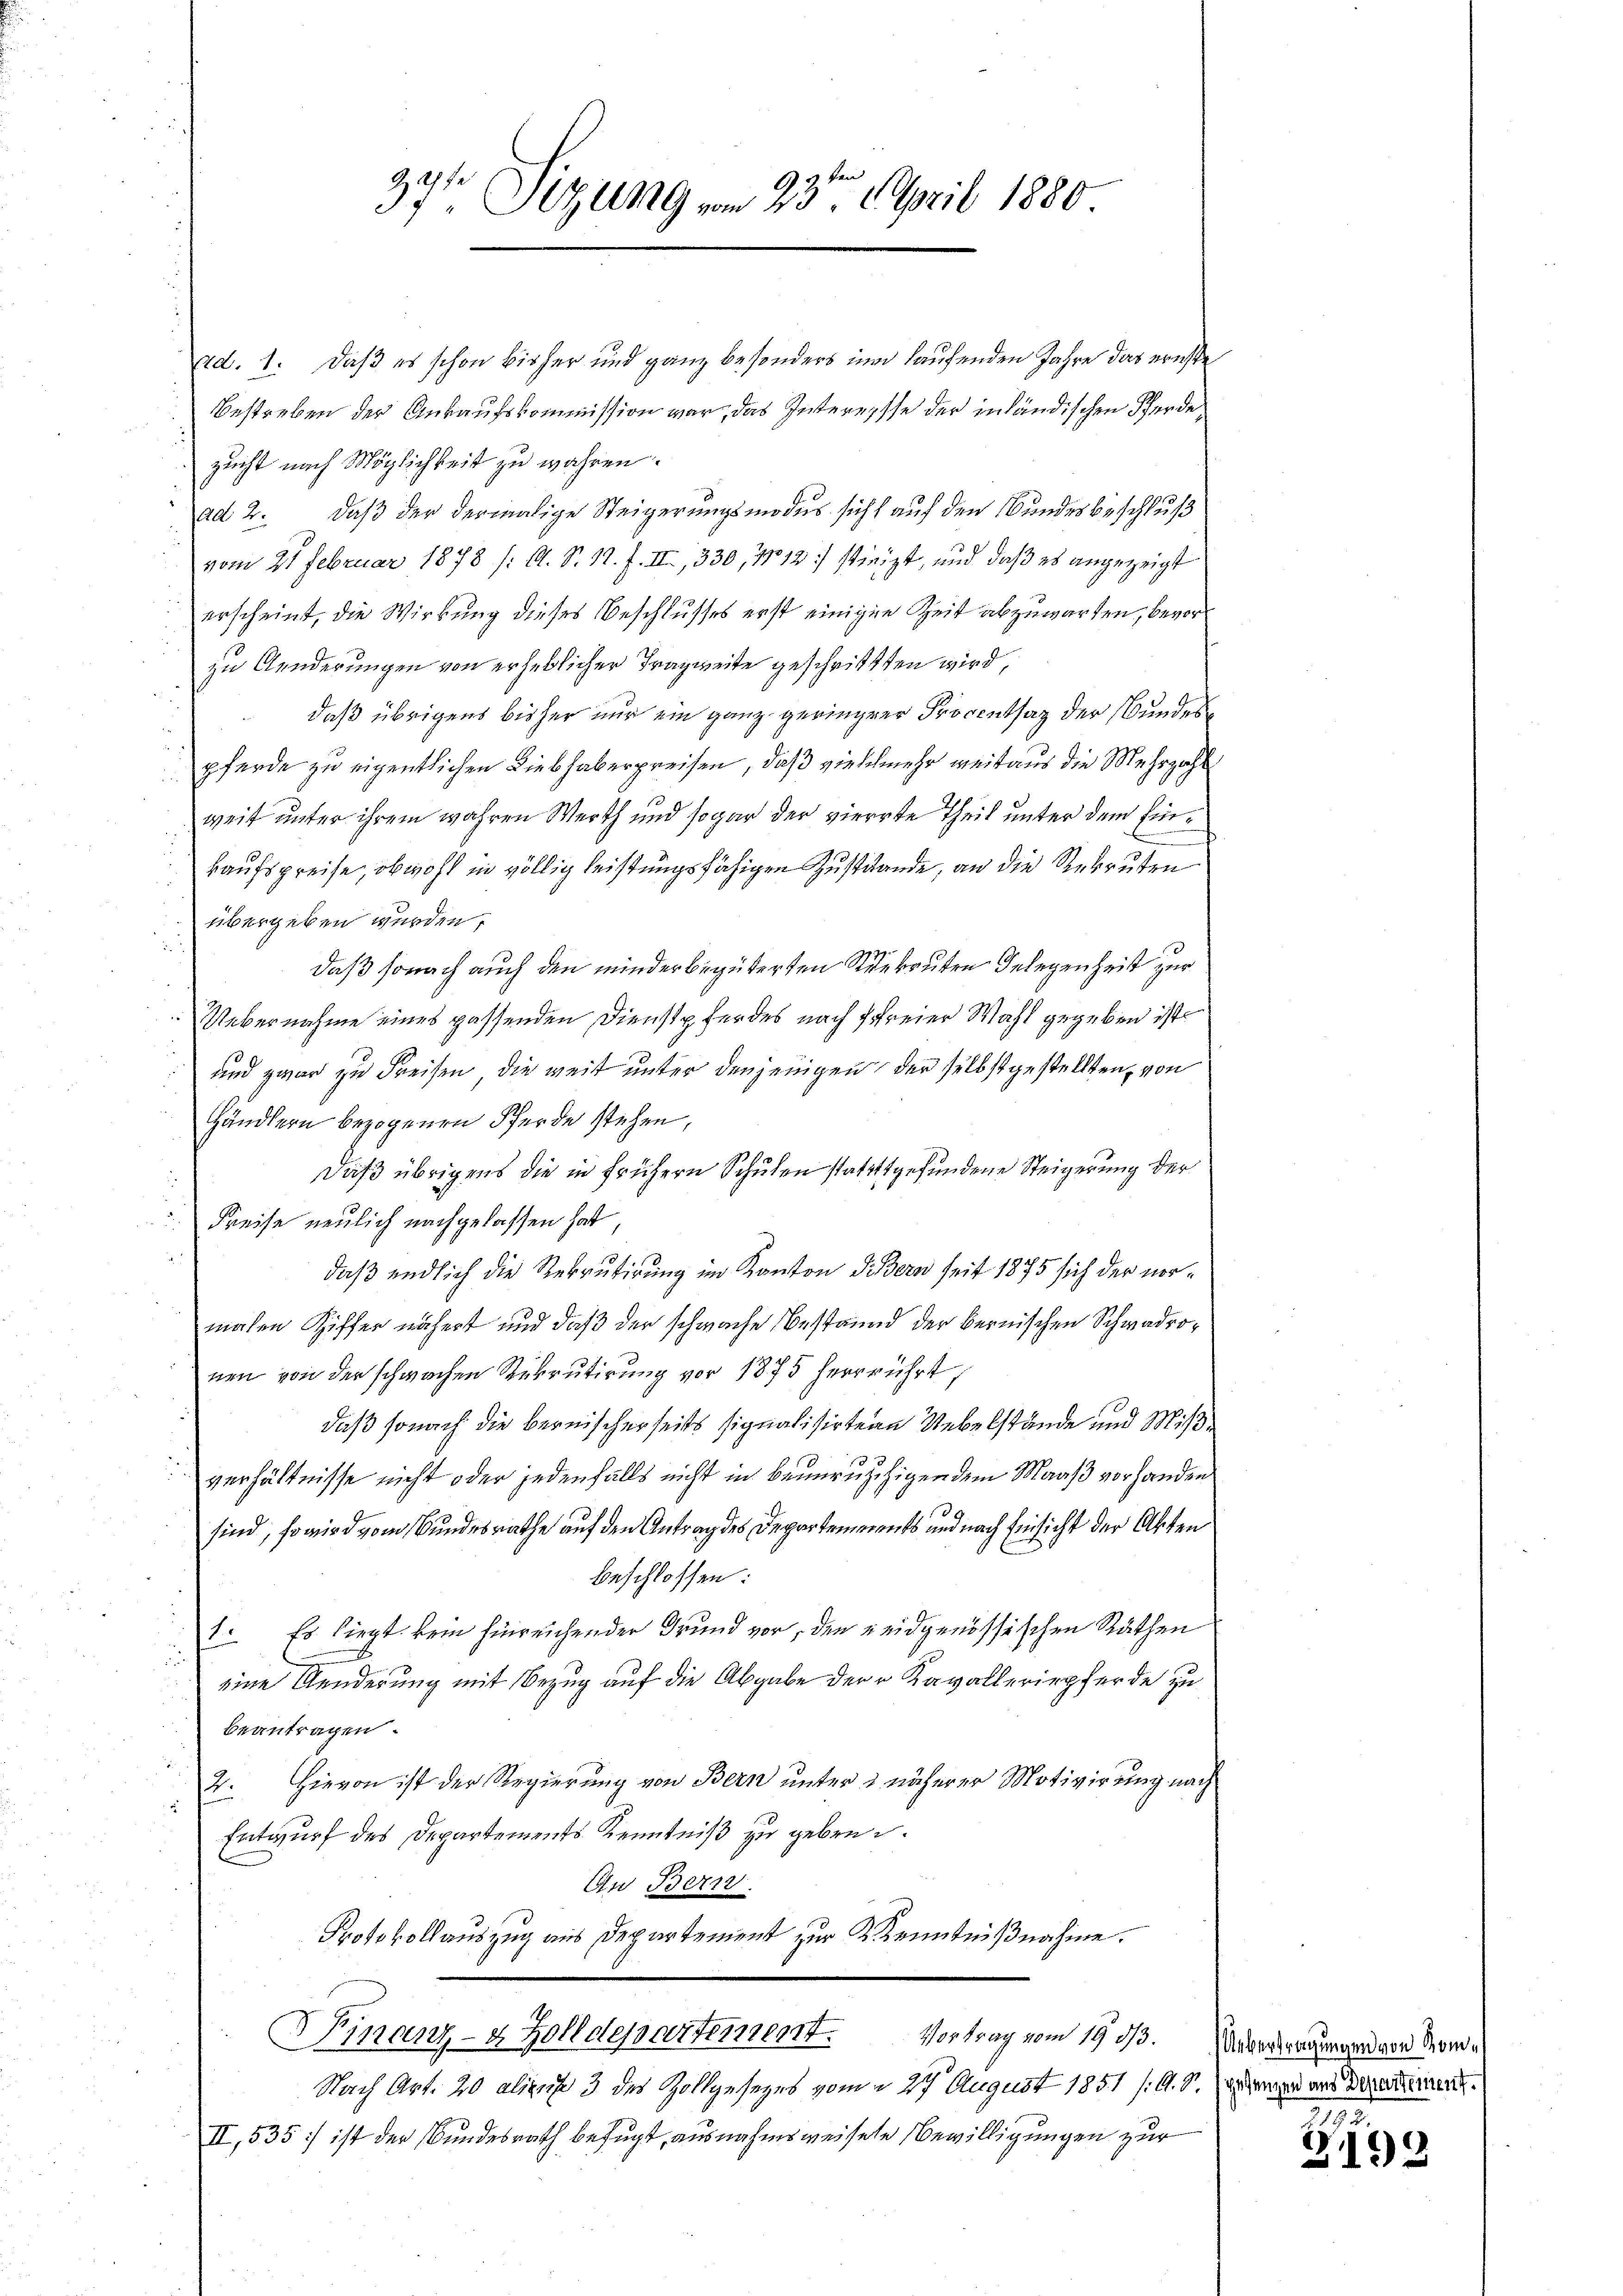
ken
37t Sitzung vom 23. April 1880

ad. 1. Daß es schon bisher und ganz besonders im laufenden Jahre das ernste
Bestreben der Ankaufskommission war, das Interesse der inländischen Pferdezucht nach Möglichkeit zu wahren.
ad 2. daß der dermalige Steigerungsmodus sicht auf den Bundesbeschluß
vom 21 Februar 1878 /: A. S. 12. F. II., 330, No 12: stieizt, und daß es angezeigt
erscheint, die Wirkung dieses Beschlusses erst einigen Zeit abzuwarten, bevorzu Aenderungen von erheblicher Tragweite geschritten wird,
daß übrigens bisher nur ein ganz geringerer Procentsaz der Bundes
pferde zu eigentlichen Liebhaberpreisen, daß vielelmehr weitaus die Mehrzahl
weit unter ihrem wahren Werth und sogar der vierte Theil unter dem Einkaufspreise, obwohl in völlig leistungsfähigen Zustitande, an die Rekruten
übergeben wurden,
daß sonach auch den minder begüterten Seekruten Gelegenheit zur
Uebernahme eines passenden Dienstpferdes nach freier Wahl gegeben ist.
und zwar zu Freisen, die weit unter denjenigen, der selbst gestellten, von
händlern bezogenen Pferde stehen,
Daß übrigens die in frühern Schulen stattgefundene Steigerung der
Preise neulich nachgelassen hat
daß endlich die Rekrutirung im Kanton Bern seit 1875 sich der vormalen Ziffer nähert und daß der schwache Bestaund der bernischen Schwadronen von der schwachen Rekrutirung vor 1875 herrrührt,
daß sonach die bernischerseits signalisirtern Uebelstände und Mißverhältnisse nicht oder jedenfalls nicht in beunruhigen dem Maaß vorhanden
sind, so wird vom Bundesrathe auf den Antrag des Departements und nach Einsicht der Akten
beschlossen:
Es liegt kein hinreichender Grund vor, den eidgenössischen Räthen
.
eine Aenderung mit Bezug auf die Abgabe der Kavalleriepferde zu
beantragen.
Hievon ist der Regierung von Bern unter 2 näherer Motivirung nach
2.
Entwurf des Departements Kenntniß zu geben.
An Bern.
Protokollauszug aus Departement zur Kenntnißnahme.
Finanz- & Zolldepartement. Vortrag vom 19. 513.
Nach Art. 20 alius 3 des Zollgesezes vom § 27 August 1851 (O. S. gegen aus Departeme
II, 535) ist der Bundesrath befugt, ausnahmsweisete Bewilligungen zur

Uebertragungen von Kom¬
1793.

2199